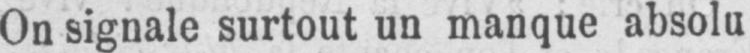
On signale surtout un manque absolu